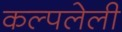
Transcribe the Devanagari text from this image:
कल्पलेली